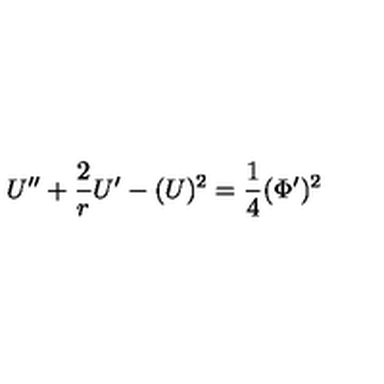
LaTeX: U ^ { \prime \prime } + \frac { 2 } { r } U ^ { \prime } - ( U ) ^ { 2 } = { \frac { 1 } { 4 } } ( \Phi ^ { \prime } ) ^ { 2 }